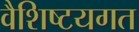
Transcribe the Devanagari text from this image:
वैशिष्टयगत